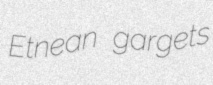
Etnean gargets